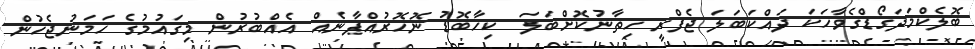
ބޮލެކްމަދަގޯޑްގެވާހަކަ ދައްކަބަލަ ޖެފްރީ ހިތާނުކޮށްބަލަ  ކިހާބޮޑު ނޮހޮރުއްޕާނެއް އެއްބުރުން މިގައުމުގެ ހަމަނުޖެހުން